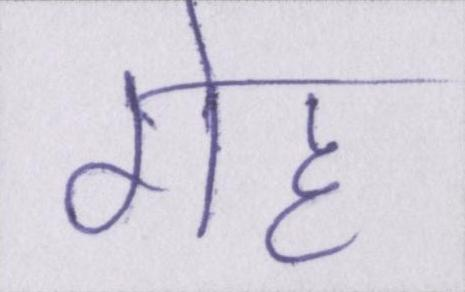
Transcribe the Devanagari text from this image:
गेह